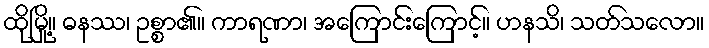
ထိုမြို့။ ဓနဿ၊ ဥစ္စာ၏။ ကာရဏာ၊ အကြောင်းကြောင့်။ ဟနသိ၊ သတ်သလော။